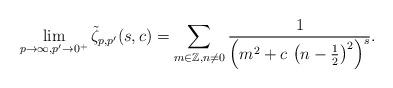
LaTeX: \begin{align*}\lim_{p\rightarrow\infty,p^{\prime}\rightarrow0^{+}}\tilde{\zeta}_{p,p^{\prime}}(s,c)=\sum_{m\in\mathbb{Z},n\neq0}\frac{1}{\left(m^{2}+c\,\left(n-\frac{1}{2}\right)^{2}\right)^{s}}.\end{align*}